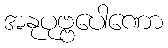
အနုပုဗ္ဗပေါဏော